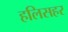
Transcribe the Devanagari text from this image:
हलिसहर